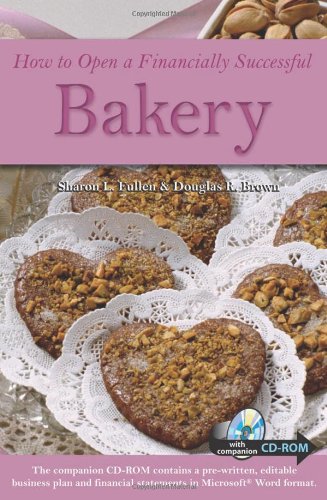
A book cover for How to Open a Financially Successful Bakery : With a Companion CD-ROM; Sharon L Fullen; Cookbooks, Food & Wine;